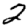
Digit: 2